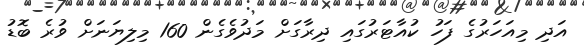
އަދި މިއަހަރުގެ ފަހު ކުއާޓަރުގައި ދިރާގަށް މަދުވެގެން 160 މިލިޔަނަށް ވުރެ ބޮޑު